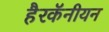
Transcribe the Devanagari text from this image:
हैरकॅनीयन